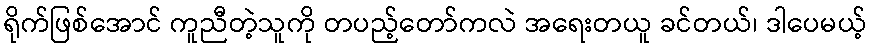
ရိုက်ဖြစ်အောင် ကူညီတဲ့သူကို တပည့်တော်ကလဲ အရေးတယူ ခင်တယ်၊ ဒါပေမယ့်